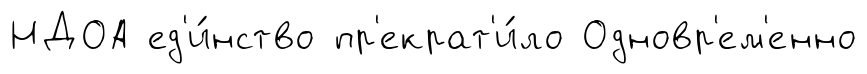
НДОА ед'и́нство пр'екрат'и́ло Одновр'ем'енно